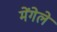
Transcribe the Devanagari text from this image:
मेंगेले